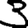
Digit: 3